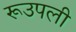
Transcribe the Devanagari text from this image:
रूउपली